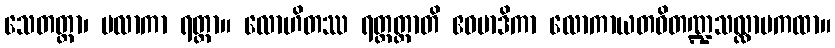
သေတတ္တာ၊ ဗလာကာ ရတ္တာ။ လောဟိတဿ ရတ္တတ္တာတိ ဧဝမာဒိကာ လောကာယတဝိတဏ္ဍသလ္လာပကထာ။